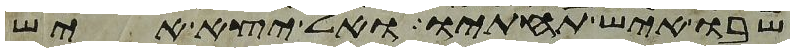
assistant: שבו איש תחתיו אל יצא איש